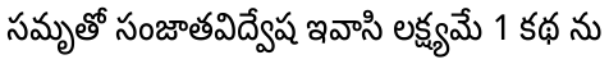
సమృతో సంజాతవిద్వేష ఇవాసి లక్ష్యమే 1 కథ ను